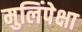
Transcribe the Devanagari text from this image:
मुलिंपेक्षा